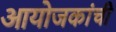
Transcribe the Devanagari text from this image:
आयोजकांची